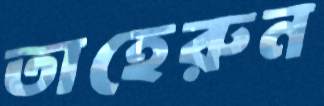
তাহেরুন